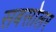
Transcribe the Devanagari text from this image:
सबसोलर